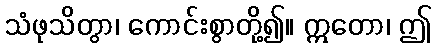
သံဖုသိတွာ၊ ကောင်းစွာတို့၍။ ဣတော၊ ဤ